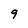
Character: 9